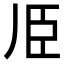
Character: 𱼧